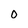
Character: 0